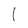
Character: 1